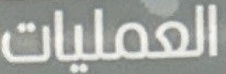
العملیات